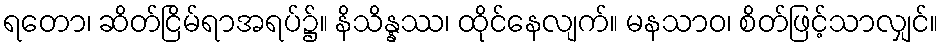
ရတော၊ ဆိတ်ငြိမ်ရာအရပ်၌။ နိသိန္နဿ၊ ထိုင်နေလျက်။ မနသာဝ၊ စိတ်ဖြင့်သာလျှင်။